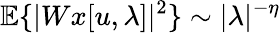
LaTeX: {\mathbb E}\{ |Wx[u,\lambda]|^{2}\} \sim|\lambda|^{-\eta}